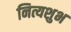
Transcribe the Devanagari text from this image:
नित्यशुभ